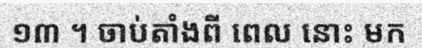
១៣ ។ ចាប់តាំងពី ពេល នោះ មក